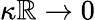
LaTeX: \kappa\mathbb{R}\rightarrow0